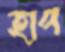
হাপ